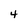
Character: 4